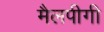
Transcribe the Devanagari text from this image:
मैलपीगी